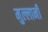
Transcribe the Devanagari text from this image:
मुल्लानी